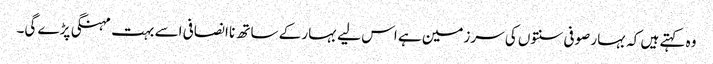
وہ کہتے ہیں کہ بہار صوفی سنتوں کی سرزمین ہے اس لیے بہار کے ساتھ نا انصافی اسے بہت مہنگی پڑے گی۔